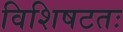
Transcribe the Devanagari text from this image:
विशिषटतः